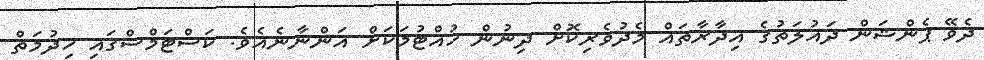
ދެވޭ ޕެންޝަން ދައުލަތުގެ އިދާރާތައް މެދުވެރިކޮށް ދިނުން ހުއްޓުމަކަށް އަންނާނެއެވެ. ކަސްޓަމްސްގައި ޚިދުމަތް